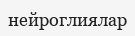
нейроглиялар